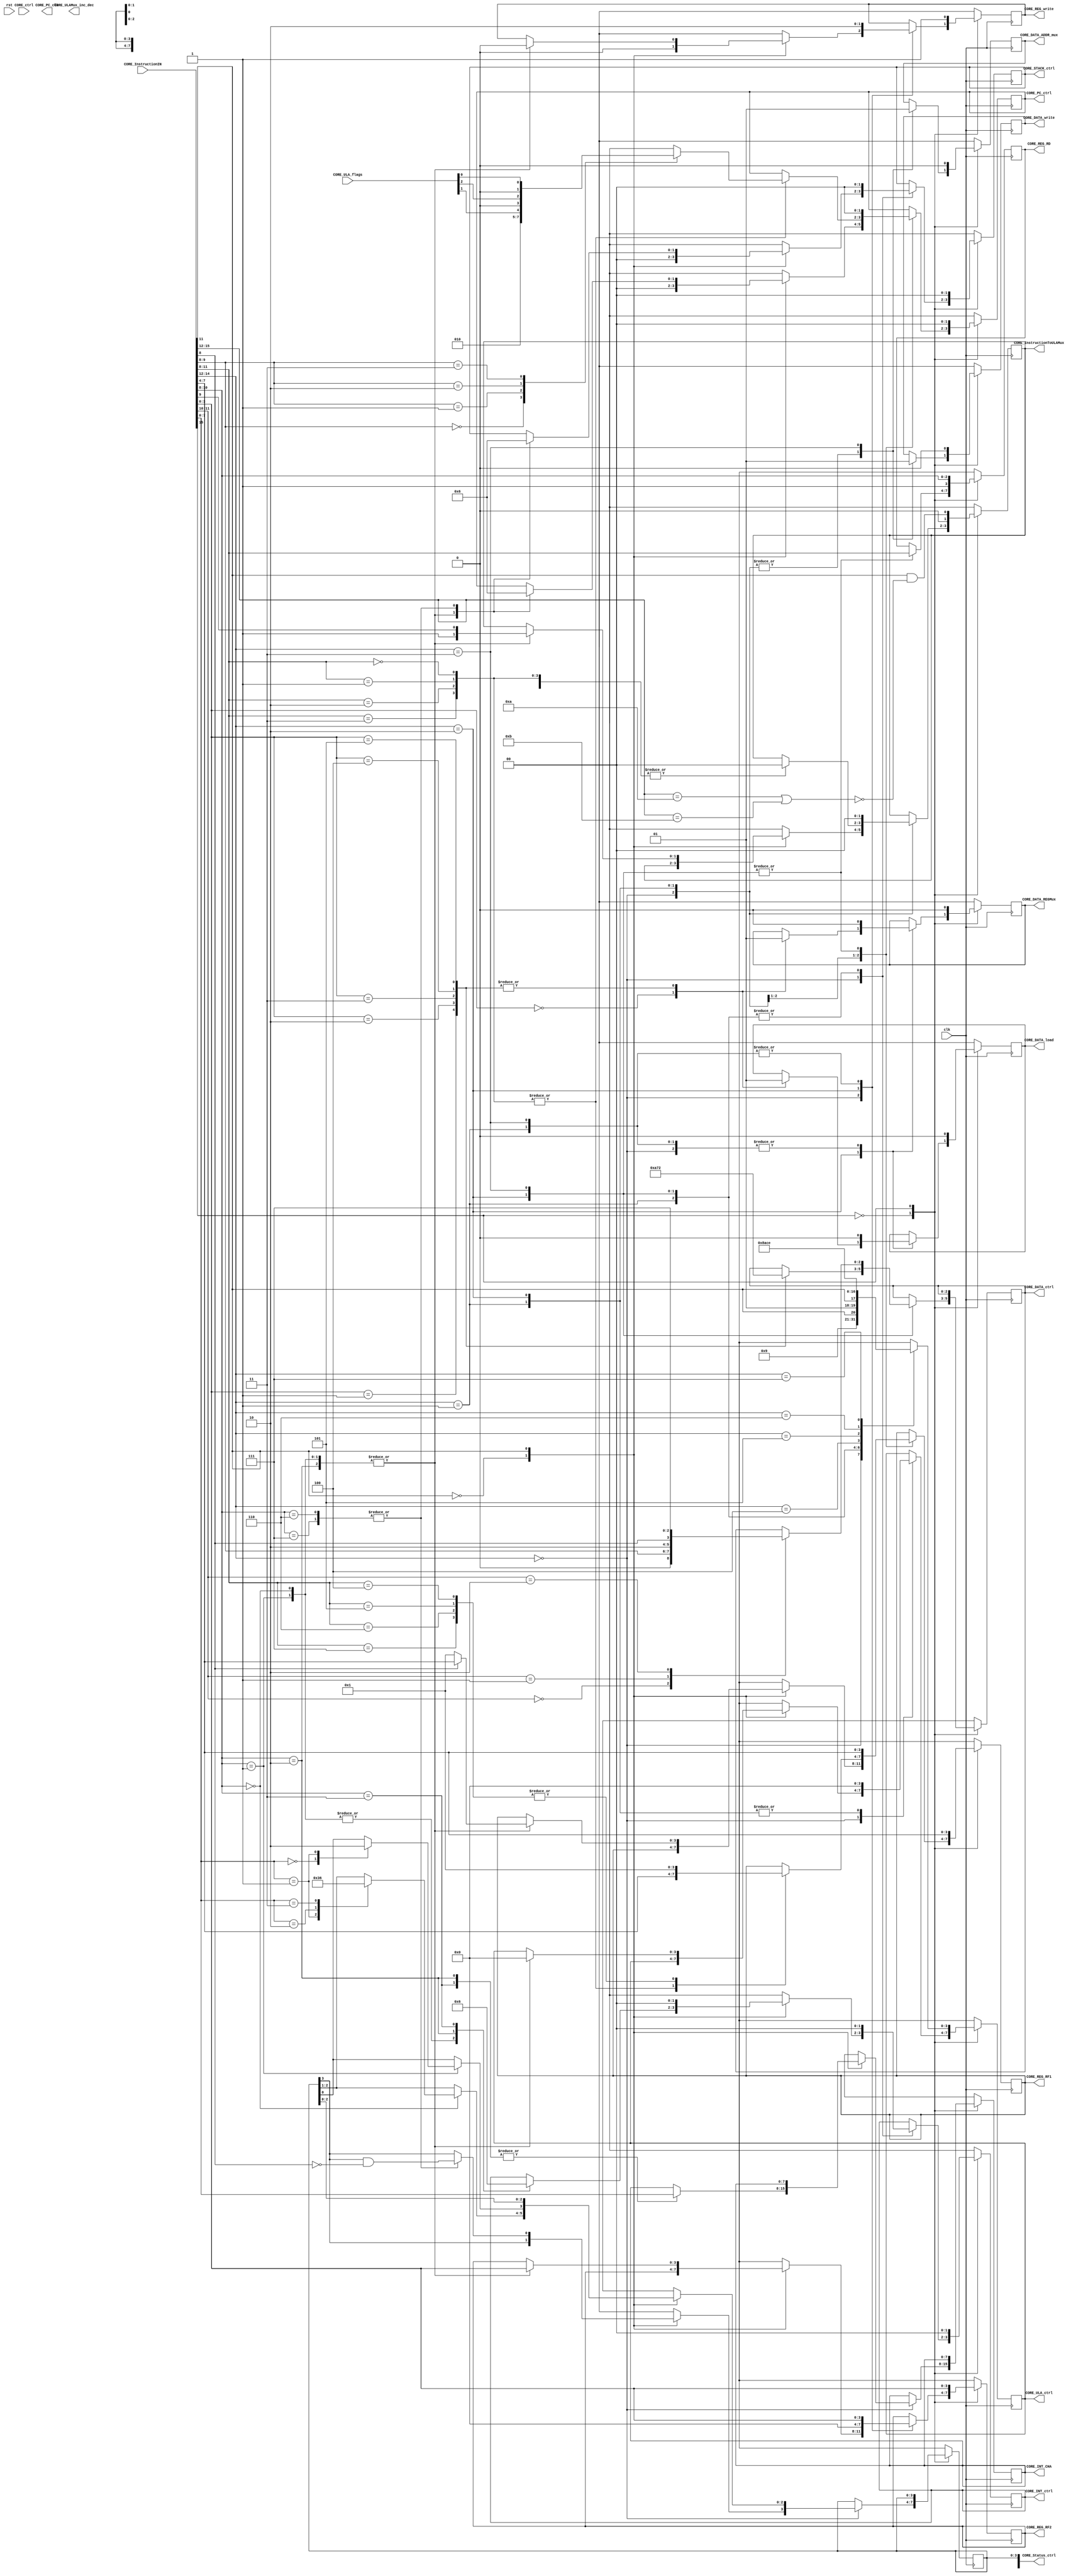
//CORE, descricao da controle operativo
/*************************************************************************
 *  descricao do bloco CORE                              versao 0.01      *
 *                                                                       *
 *  Developer: Jean Carlos Scheunemann             23-11-2016            *
 *              jeancarsch@gmail.com                                     *

 *  Corrector: Mariano                                                   *
 *             Marlon 	                                                 * 
 *             marlonsigales@gmail.com                                   *
 *                                                                       *
 * soma(inc, twc), sub(dec), xor, and, or, not, shr(rtr), shl(rtl)       *
 *                                                                       *
 *************************************************************************/


`timescale 1 ns / 1 ns
module NRISC_InstructionDecoder(
								CORE_InstructionIN,				//instruction input
								CORE_InstructionToULAMux,	//MUX ctrl of instruction in to REGs
								CORE_ctrl,								//CORE external input ctrl BUS
								CORE_Status_ctrl,					//CORE status output
								CORE_ULA_ctrl,						//ULA output ctrl BUS
								CORE_ULA_flags,						//ULA flags input {M,Z,C}
								CORE_ULAMux_inc_dec,			//ULA Inc/dec output MUX ctrl
								CORE_REG_RF1,							//REGs to ULA ctrl 1
								CORE_REG_RF2,							//REGs to ULA ctrl 2
								CORE_REG_RD,							//REGs inputs ctrl
								CORE_REG_write,						//REGs write ctrl
								CORE_DATA_write,					//DATA write ctrl
								CORE_DATA_load,						//DATA load ctrl
								CORE_DATA_ctrl,						//DATA size load/store ctrl
								CORE_DATA_ADDR_mux,				//DATA clk
								CORE_DATA_REGMux,					//DATA to REGs MUX
								CORE_STACK_ctrl,					//CORE to STACK ctrl
								CORE_PC_ctrl,							//CORE to PC ctrl MUX
								CORE_PC_clk,							//PC clk
								CORE_INT_CHA,							//CORE to interrupt vector channel
								CORE_INT_ctrl,						//CORE to interrupt vector control
								clk,											//Main clk source
								rst												//general rst
								);

		//CORE
		input wire clk;
		input wire rst;
		input wire [2:0] CORE_ctrl;
		output reg [4:0] CORE_Status_ctrl;
		//Instruction
		input wire [15:0] CORE_InstructionIN;
		output reg [1:0]CORE_InstructionToULAMux;
		//ULA
		input wire [2:0] CORE_ULA_flags;
		output reg [3:0] CORE_ULA_ctrl;
		output reg CORE_ULAMux_inc_dec;
		//REG ctrl
		output reg [3:0] CORE_REG_RD;
		output reg [3:0] CORE_REG_RF1;
		output reg [3:0] CORE_REG_RF2;
		output reg CORE_REG_write;
		//DATA
		output reg CORE_DATA_write;
		output reg CORE_DATA_load;
		output reg CORE_DATA_ADDR_mux;
		output reg [2:0] CORE_DATA_ctrl;
		output reg CORE_DATA_REGMux;
		//STACK
		output reg [1:0] CORE_STACK_ctrl;
		//PC
		output reg [1:0] CORE_PC_ctrl;
		output reg CORE_PC_clk;
		//Interrupt Vector
		output reg [7:0] CORE_INT_CHA ;
		output reg [1:0] CORE_INT_ctrl ;


//==========================COMECA A DESCRICAO==================================

		always @ ( posedge clk ) begin
			case(CORE_InstructionIN[15])
						1'b0:begin//No ULA Operation
									case(CORE_InstructionIN[14:12])
										3'h0:begin //CPU ctrl and CALL's
												case(CORE_InstructionIN[11])
													//==================OPERACOES DE CTRL=================
														1'b0:begin //CPU ctrl
																//CORE Operations
																case(CORE_InstructionIN[10:8])
																		3'h0:begin// CTRL select
																				//Interrupt Operations
																				CORE_INT_ctrl=2'b00;
																				case(CORE_InstructionIN[7:0])
																					8'h0:begin //No Operatio(NOP)

																					end
																					8'h1:begin //HALT
																						CORE_Status_ctrl[2:1]=2'b11;
																					end
																					8'h2:begin //WAIT
																						CORE_Status_ctrl[2:1]=2'b01;
																					end
																					8'h3:begin //SLEEP
																						CORE_Status_ctrl[2:1]=2'b10;
																					end
																				endcase
																		end

																		3'h1:begin// CPU Mode's Select
																				case(CORE_InstructionIN[7:0])
																					8'h0:begin //Global interrupt enable(GIE)
																						CORE_Status_ctrl[0]=1'b1;
																					end
																					8'h1:begin //Global interrupt disable(GID)
																						CORE_Status_ctrl[0]=1'b0;
																					end
																				endcase
																				//Interrupt Operations
																				CORE_INT_ctrl=2'b00; //no interrupt operations
																		end
																		3'h2:begin// Interrupt enable (SIE)
																				CORE_INT_CHA=CORE_InstructionIN[7:0]; //Select interrupt channel
																				CORE_INT_ctrl=2'b01; //Enable interrupt channel
																		end
																		3'h3:begin// Interrupt disable (SID)
																				CORE_INT_CHA=CORE_InstructionIN[7:0]; //Select interrupt channel
																				CORE_INT_ctrl=2'b10; //disable interrupt channel
																		end

																endcase
																//REGs Operations
																CORE_REG_write=1'b0; //No REGs data Write
																//ULA Operations
																 /*No ULA Operations*/
																//MEM Operations
																CORE_DATA_load=1'b0;	//No Data load
																CORE_DATA_write=1'b0; //No Data Write
																CORE_DATA_REGMux=1'b0;//REGs receive ULA_OUT
																CORE_DATA_ADDR_mux=1'b0;//DATA addr receive ULA_OUT
																//STACK Operations
																CORE_STACK_ctrl=2'b00;// No STACK operation
																//PC Operations
																CORE_PC_ctrl=2'b0;	//normal operation (PC=PC+1)
														end
													//==================CALL'S & RET'S====================
														1'b1:begin	//CALL's & RET's
																case(CORE_InstructionIN[10:8])
																	3'h0,3'h1,3'h2:begin //CALL's(CALL, RCALL & IRCALL)
																		//REGs Operations
																		CORE_REG_RF1= CORE_InstructionIN[8] ?
																										CORE_InstructionIN[7:4]:
																										4'h1;
																		CORE_REG_RF2=CORE_InstructionIN[3:0];
																		CORE_REG_write=1'b0; //no REGs data Write
																		//ULA Operations
																		CORE_InstructionToULAMux={1'b1,CORE_InstructionIN[9]};
																		CORE_ULA_ctrl=4'h0;//sum(ADD)
																		//STACK Operations
																		CORE_STACK_ctrl=2'b01;// avanca 1 na pilha
																		//PC Operations
																		CORE_PC_ctrl=2'b1;	//CALL or JMP operation (PC=ULA_OUT)
																	end
																	3'h6,3'h7: begin //RETs(RET & RETI)
																		//CORE Operations
																		CORE_Status_ctrl[3]= CORE_Status_ctrl[3]&~CORE_InstructionIN[8];
																		//STACK Operations
																		CORE_STACK_ctrl=2'b10;// retorna 1 na pilha
																		//PC Operations
																		CORE_PC_ctrl=2'b10;	//RET operation (PC=STACK-1)
																	end
																endcase
																//MEM Operations
																CORE_DATA_load=1'b0;	//No Data load
																CORE_DATA_write=1'b0; //No Data Write
																CORE_DATA_REGMux=1'b0;//REGs receive ULA_OUT
																CORE_DATA_ADDR_mux=1'b0;//DATA addr receive ULA_OUT
																//Interrupt Operations
																CORE_INT_ctrl=2'b00; //no interrupt operations

														end
												endcase
										end
										//=====================Desvio de fluxo======================
										3'h1:begin
											case(CORE_InstructionIN[11:8])
												4'h0,4'h1,4'h2,4'h3:begin //JMP,JZ,JM & JC
														//REGs Operations
														CORE_REG_RF1= CORE_InstructionIN[7:4];//REG_A receive RF1
														//ULA Operations
														CORE_InstructionToULAMux=2'b00; //ULA_B receive REG_B
														//PC Operations
														case(CORE_InstructionIN[9:8])
															2'h0://JMP
																	CORE_PC_ctrl=2'b01;	//CALL or JMP operation (PC=ULA_OUT)
															2'h1://JZ
																	CORE_PC_ctrl={1'b0,CORE_ULA_flags[1]};	//CALL or JMP operation (PC=ULA_OUT)
															2'h2://JM
																	CORE_PC_ctrl={1'b0,CORE_ULA_flags[2]};	//CALL or JMP operation (PC=ULA_OUT)
															2'h3://JC
																	CORE_PC_ctrl={1'b0,CORE_ULA_flags[0]};	//CALL or JMP operation (PC=ULA_OUT)
														endcase
														end
												4'h4,4'h5,4'h6,4'h7:begin //RJMP,RJZ,RJM & RJC
														//REGs Operations
														CORE_REG_RF1= 4'h1;//REG_A receive R1(PC)
														//ULA Operations
														CORE_InstructionToULAMux=2'b00; //ULA_B receive REG_B
														//PC Operations
														case(CORE_InstructionIN[9:8])
															4'h4://RJMP
																	CORE_PC_ctrl=2'b01;	//CALL or JMP operation (PC=ULA_OUT)
															4'h5://RJZ
																	CORE_PC_ctrl={1'b0,CORE_ULA_flags[1]};	//CALL or JMP operation (PC=ULA_OUT)
															4'h6://RJM
																	CORE_PC_ctrl={1'b0,CORE_ULA_flags[2]};	//CALL or JMP operation (PC=ULA_OUT)
															4'h7://RJC
																	CORE_PC_ctrl={1'b0,CORE_ULA_flags[0]};	//CALL or JMP operation (PC=ULA_OUT)
														endcase
														end
												4'h4,4'h5,4'h6,4'h7:begin //IRJMP,IRJZ,IRJM & IRJC
														//REGs Operations
														CORE_REG_RF1= 4'h1;//REG_A receive R1(PC)
														//ULA Operations
														CORE_InstructionToULAMux=2'b11; //ULA_B receive Instruction Imediate(signed)
														//PC Operations
														case(CORE_InstructionIN[9:8])
															4'h4://IRJMP
																	CORE_PC_ctrl=2'b01;	//CALL or JMP operation (PC=ULA_OUT)
															4'h5://IRJZ
																	CORE_PC_ctrl={1'b0,CORE_ULA_flags[1]};	//CALL or JMP operation (PC=ULA_OUT)
															4'h6://IRJM
																	CORE_PC_ctrl={1'b0,CORE_ULA_flags[2]};	//CALL or JMP operation (PC=ULA_OUT)
															4'h7://IRJC
																	CORE_PC_ctrl={1'b0,CORE_ULA_flags[0]};	//CALL or JMP operation (PC=ULA_OUT)
														endcase


												end
											endcase
											//REGs Operations
											CORE_REG_RF2=CORE_InstructionIN[3:0];
											CORE_REG_write=1'b0; //no REGs data Write
											//ULA Operations
											CORE_ULA_ctrl=4'h0;//sum(ADD)
											//STACK Operations
											CORE_STACK_ctrl=2'b00;// No STACK operation
											//MEM Operations
											CORE_DATA_load=1'b0;	//No Data load
											CORE_DATA_write=1'b0; //No Data Write
											CORE_DATA_REGMux=1'b0;//REGs receive ULA_OUT
											CORE_DATA_ADDR_mux=1'b0;//DATA addr receive ULA_OUT
											//Interrupt Operations
											CORE_INT_ctrl=2'b00; //no interrupt operations
										end

										//========================DATA MOV==========================
										3'h2:begin // LOAD's(MOV,LW,LSB,LUB,LSHW & LUHW)
												case(CORE_InstructionIN[3:0])
														4'h0:begin//MOV
																CORE_DATA_load=1'b0;	//No Data load
																CORE_DATA_REGMux=1'b0;//REGs receive ULA_OUT
																//CORE_DATA_ctrl=3'b0;
															end
														4'h1:begin//LW
																CORE_DATA_load=1'b1;	//yes Data load
																CORE_DATA_REGMux=1'b1;//REGs receive DATA_out
																CORE_DATA_ctrl=3'b0; //Load Word
															end
														4'h2:begin//LSB
																CORE_DATA_load=1'b1;	//yes Data load
																CORE_DATA_REGMux=1'b1;//REGs receive DATA_out
																CORE_DATA_ctrl=3'b101; //Load signed byte
															end
														4'h3:begin//LUB
																CORE_DATA_load=1'b1;	//yes Data load
																CORE_DATA_REGMux=1'b1;//REGs receive DATA_out
																CORE_DATA_ctrl=3'b001; //Load unsigned byte
															end
														4'h4:begin//LSHW
																CORE_DATA_load=1'b1;	//yes Data load
																CORE_DATA_REGMux=1'b1;//REGs receive DATA_out
																CORE_DATA_ctrl=3'b110; //Load signed half Word
															end
														4'h5:begin//LUHW
																CORE_DATA_load=1'b1;	//yes Data load
																CORE_DATA_REGMux=1'b1;//REGs receive DATA_out
																CORE_DATA_ctrl=3'b010; //Load unsigned half Word
															end
												endcase
												//CORE Operations
												//CORE_Status=2'b00;	//Normal operation
												//REGs Operations
												CORE_REG_RD=CORE_InstructionIN[11:8]; //
												CORE_REG_RF1=CORE_InstructionIN[7:4];
												CORE_REG_RF2=4'h0;
												CORE_REG_write=1'b1; //REGs data Write yes
												//ULA Operations
												CORE_InstructionToULAMux=2'b00;//No imediate load, ULA_B receie REG_B
												CORE_ULA_ctrl=4'h0;//sum(ADD)

												//MEM Operations

												CORE_DATA_write=1'b0; //No Data Write
												CORE_DATA_ADDR_mux=1'b0;//DATA addr receive ULA_OUT
												//Interrupt Operations
												CORE_INT_ctrl=2'b00; //no interrupt operations
												//STACK Operations
												CORE_STACK_ctrl=2'b00;// No STACK operation
												//PC Operations
												CORE_PC_ctrl=2'b0;	//normal operation (PC=PC+1)
												end
										3'h3:begin // STORE's
												case(CORE_InstructionIN[11:10])
														4'h0://SB
																CORE_DATA_ctrl={1'b0,CORE_InstructionIN[9:8]};//Store Byte N

														4'h1:
																CORE_DATA_ctrl={2'b10,CORE_InstructionIN[8]};

														4'h2:
																CORE_DATA_ctrl=3'b111; //Load signed byte

												endcase
												//CORE Operations
												//CORE_Status=2'b00;	//Normal operation
												//REGs Operations
												CORE_REG_RD=CORE_InstructionIN[11:8]; //
												CORE_REG_RF1=CORE_InstructionIN[7:4];
												CORE_REG_RF2=CORE_InstructionIN[3:0];
												CORE_REG_write=1'b0; //no REGs data Write
												//ULA Operations
												//No ULA operation
												//CORE_InstructionToULAMux=2'b00;//No imediate load, ULA_B receie REG_B
												//CORE_ULA_ctrl=4'h0;//sum(ADD)

												//MEM Operations
												CORE_DATA_load=1'b0;	//No Data load
												CORE_DATA_REGMux=1'b0;//REGs receive ULA_OUT
												//CORE_DATA_ctrl=3'b0; //Load Word
												CORE_DATA_write=1'b1; //Data Write yes
												CORE_DATA_ADDR_mux=1'b1;//DATA addr receive REG_A
												//Interrupt Operations
												CORE_INT_ctrl=2'b00; //no interrupt operations
												//STACK Operations
												CORE_STACK_ctrl=2'b00;// No STACK operation
												//PC Operations
												CORE_PC_ctrl=2'b0;	//normal operation (PC=PC+1)
										end
										3'h4:begin //LOAD's Imediate

										end
										//========================EXTENSION=========================
									endcase
								end

//============================OPERACOES DE ULA==================================
						1'b1:begin//ULA Operation
									//CORE Operations
									//CORE_Status=2'b00;	//Normal operation
									//REGs Operations
									CORE_REG_RD={1'b1,CORE_InstructionIN[10:8]};
									CORE_REG_RF1=CORE_InstructionIN[7:4];
									CORE_REG_RF2=CORE_InstructionIN[3:0];
									CORE_REG_write=1'b1; //REGs data Write yes
									//ULA Operations
									CORE_InstructionToULAMux={1'b0,CORE_InstructionIN[11]&~
																						(CORE_InstructionIN[15:12]==4'hA |
																						 CORE_InstructionIN[15:12]==4'hB)};
									case(CORE_InstructionIN[14:12])
											3'h0:	CORE_ULA_ctrl=4'h0;//sum(ADD & ADDI)
											3'h1:	CORE_ULA_ctrl=4'h1;//sub(SUB & SUBI)
											3'h2:	CORE_ULA_ctrl={3'h1,CORE_InstructionIN[11]};//AND & NAND
											3'h3:	CORE_ULA_ctrl={2'h1,CORE_InstructionIN[11],1'b0};// OR & XOR
											3'h4:	CORE_ULA_ctrl=4'h8;//Logical Shift Rigth (SHLR & SHLRI)
											3'h5:	CORE_ULA_ctrl=4'hA;//Aritmetical Shift Rigth(SHAR & SHARI)
											3'h6:	CORE_ULA_ctrl=4'hC;// Shift Left (SHL & SHLI)
											3'h7:	CORE_ULA_ctrl=4'hE;//Rotate(ROT & ROTI)
									endcase
									//MEM Operations
									CORE_DATA_load=1'b0;	//No Data load
									CORE_DATA_write=1'b0; //No Data Write
									CORE_DATA_REGMux=1'b0;//REGs receive ULA_OUT
									CORE_DATA_ADDR_mux=1'b0;//DATA addr receive ULA_OUT
									//Interrupt Operations
									CORE_INT_ctrl=2'b00; //no interrupt operations
									//STACK Operations
									CORE_STACK_ctrl=2'b00;// No STACK operation
									//PC Operations
									CORE_PC_ctrl=2'b0;	//normal operation (PC=PC+1)
									end
				endcase

		end
endmodule